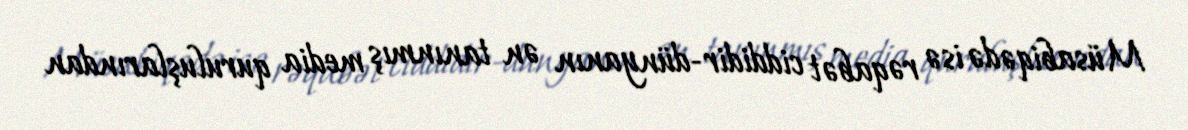
Müsabiqədə isə rəqabət ciddidir-dünyanın ən tanınmış media quruluşlarından